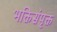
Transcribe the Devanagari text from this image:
भक्तिसंपृक्त